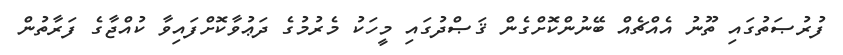
ފުރުޞަތުގައި ތޫނު އެއްޗެއް ބޭނުންކޮށްގެން ޤަޞްދުގައި މީހަކު މެރުމުގެ ދަޢުވާކޮށްފައިވާ ކުއްޖާގެ ފަރާތުން